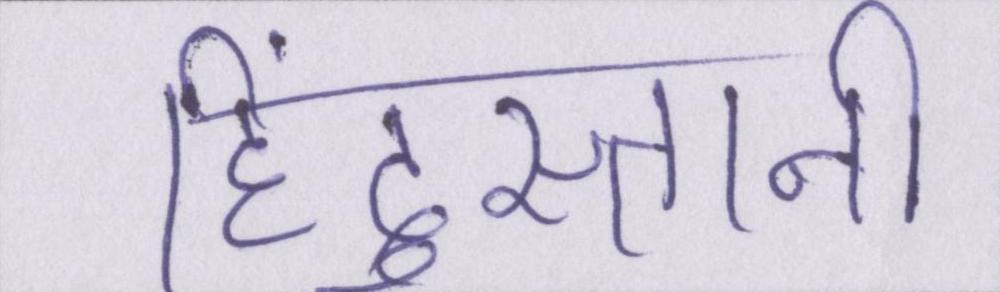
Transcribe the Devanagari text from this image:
हिंदुस्तानी